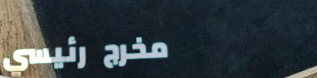
مخرج رئيسي